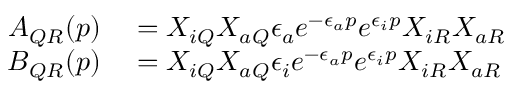
\begin{array} { r l } { A _ { Q R } ( p ) } & { { } = X _ { i Q } X _ { a Q } \epsilon _ { a } e ^ { - \epsilon _ { a } p } e ^ { \epsilon _ { i } p } X _ { i R } X _ { a R } } \\ { B _ { Q R } ( p ) } & { { } = X _ { i Q } X _ { a Q } \epsilon _ { i } e ^ { - \epsilon _ { a } p } e ^ { \epsilon _ { i } p } X _ { i R } X _ { a R } } \end{array}